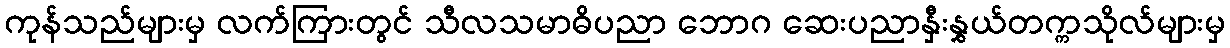
ကုန်သည်များမှ လက်ကြားတွင် သီလသမာဓိပညာ ဘောဂ ဆေးပညာနှီးနွှယ်တက္ကသိုလ်များမှ